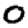
Digit: 0